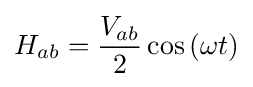
H_{ab}={\frac {V_{ab}}{2}}\cos {(\omega t)}